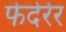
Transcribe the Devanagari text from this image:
फेदेरेर